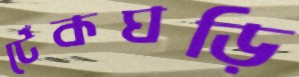
টেঁকঘড়ি